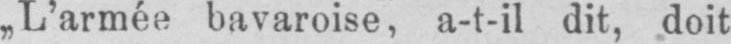
L’armee bavaroise, a-t-il dit, doit